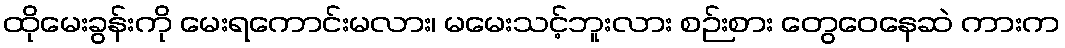
ထိုမေးခွန်းကို မေးရကောင်းမလား၊ မမေးသင့်ဘူးလား စဉ်းစား တွေဝေနေဆဲ ကားက